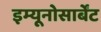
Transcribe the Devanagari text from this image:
इम्यूनोसार्बेंट